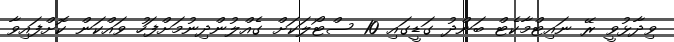
ވިދާޅުވީ ރޭ ނައިޓްމާކެޓް ބަންދު ގަޑީގައި 10 ސްޓޯލަކަށް ގެއްލުންދިނުމަށްފަހު ވައްކަން ކޮށްފައިވާ